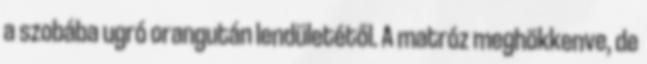
a szobába ugró orangután lendületétől. A matróz meghökkenve, de